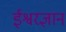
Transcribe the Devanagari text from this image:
ईश्वरज्ञान